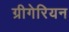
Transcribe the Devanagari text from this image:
ग्रीगेरियन